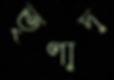
তৃণাদ